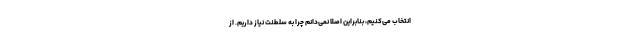
انتخاب می‌کنیم، بنابراین اصلا نمی‌دانم چرا به سلطنت نیاز داریم. از